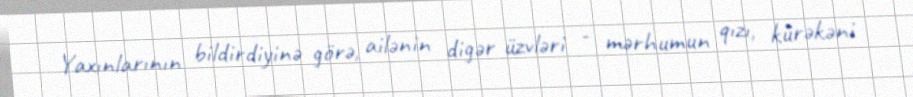
Yaxınlarının bildirdiyinə görə, ailənin digər üzvləri - mərhumun qızı, kürəkəni